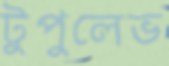
টুপুলেভ